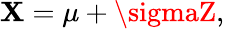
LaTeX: \mathbf{X}=\mu+\sigmaZ,